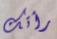
رأتك